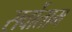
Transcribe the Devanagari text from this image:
सर्वोताम